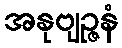
အနုဗျဉ္ဇနံ